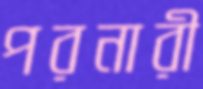
পরনারী